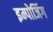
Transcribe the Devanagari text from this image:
इम्पोजिंग